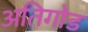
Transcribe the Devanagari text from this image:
अतिगोड